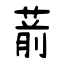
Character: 葥